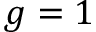
g = 1